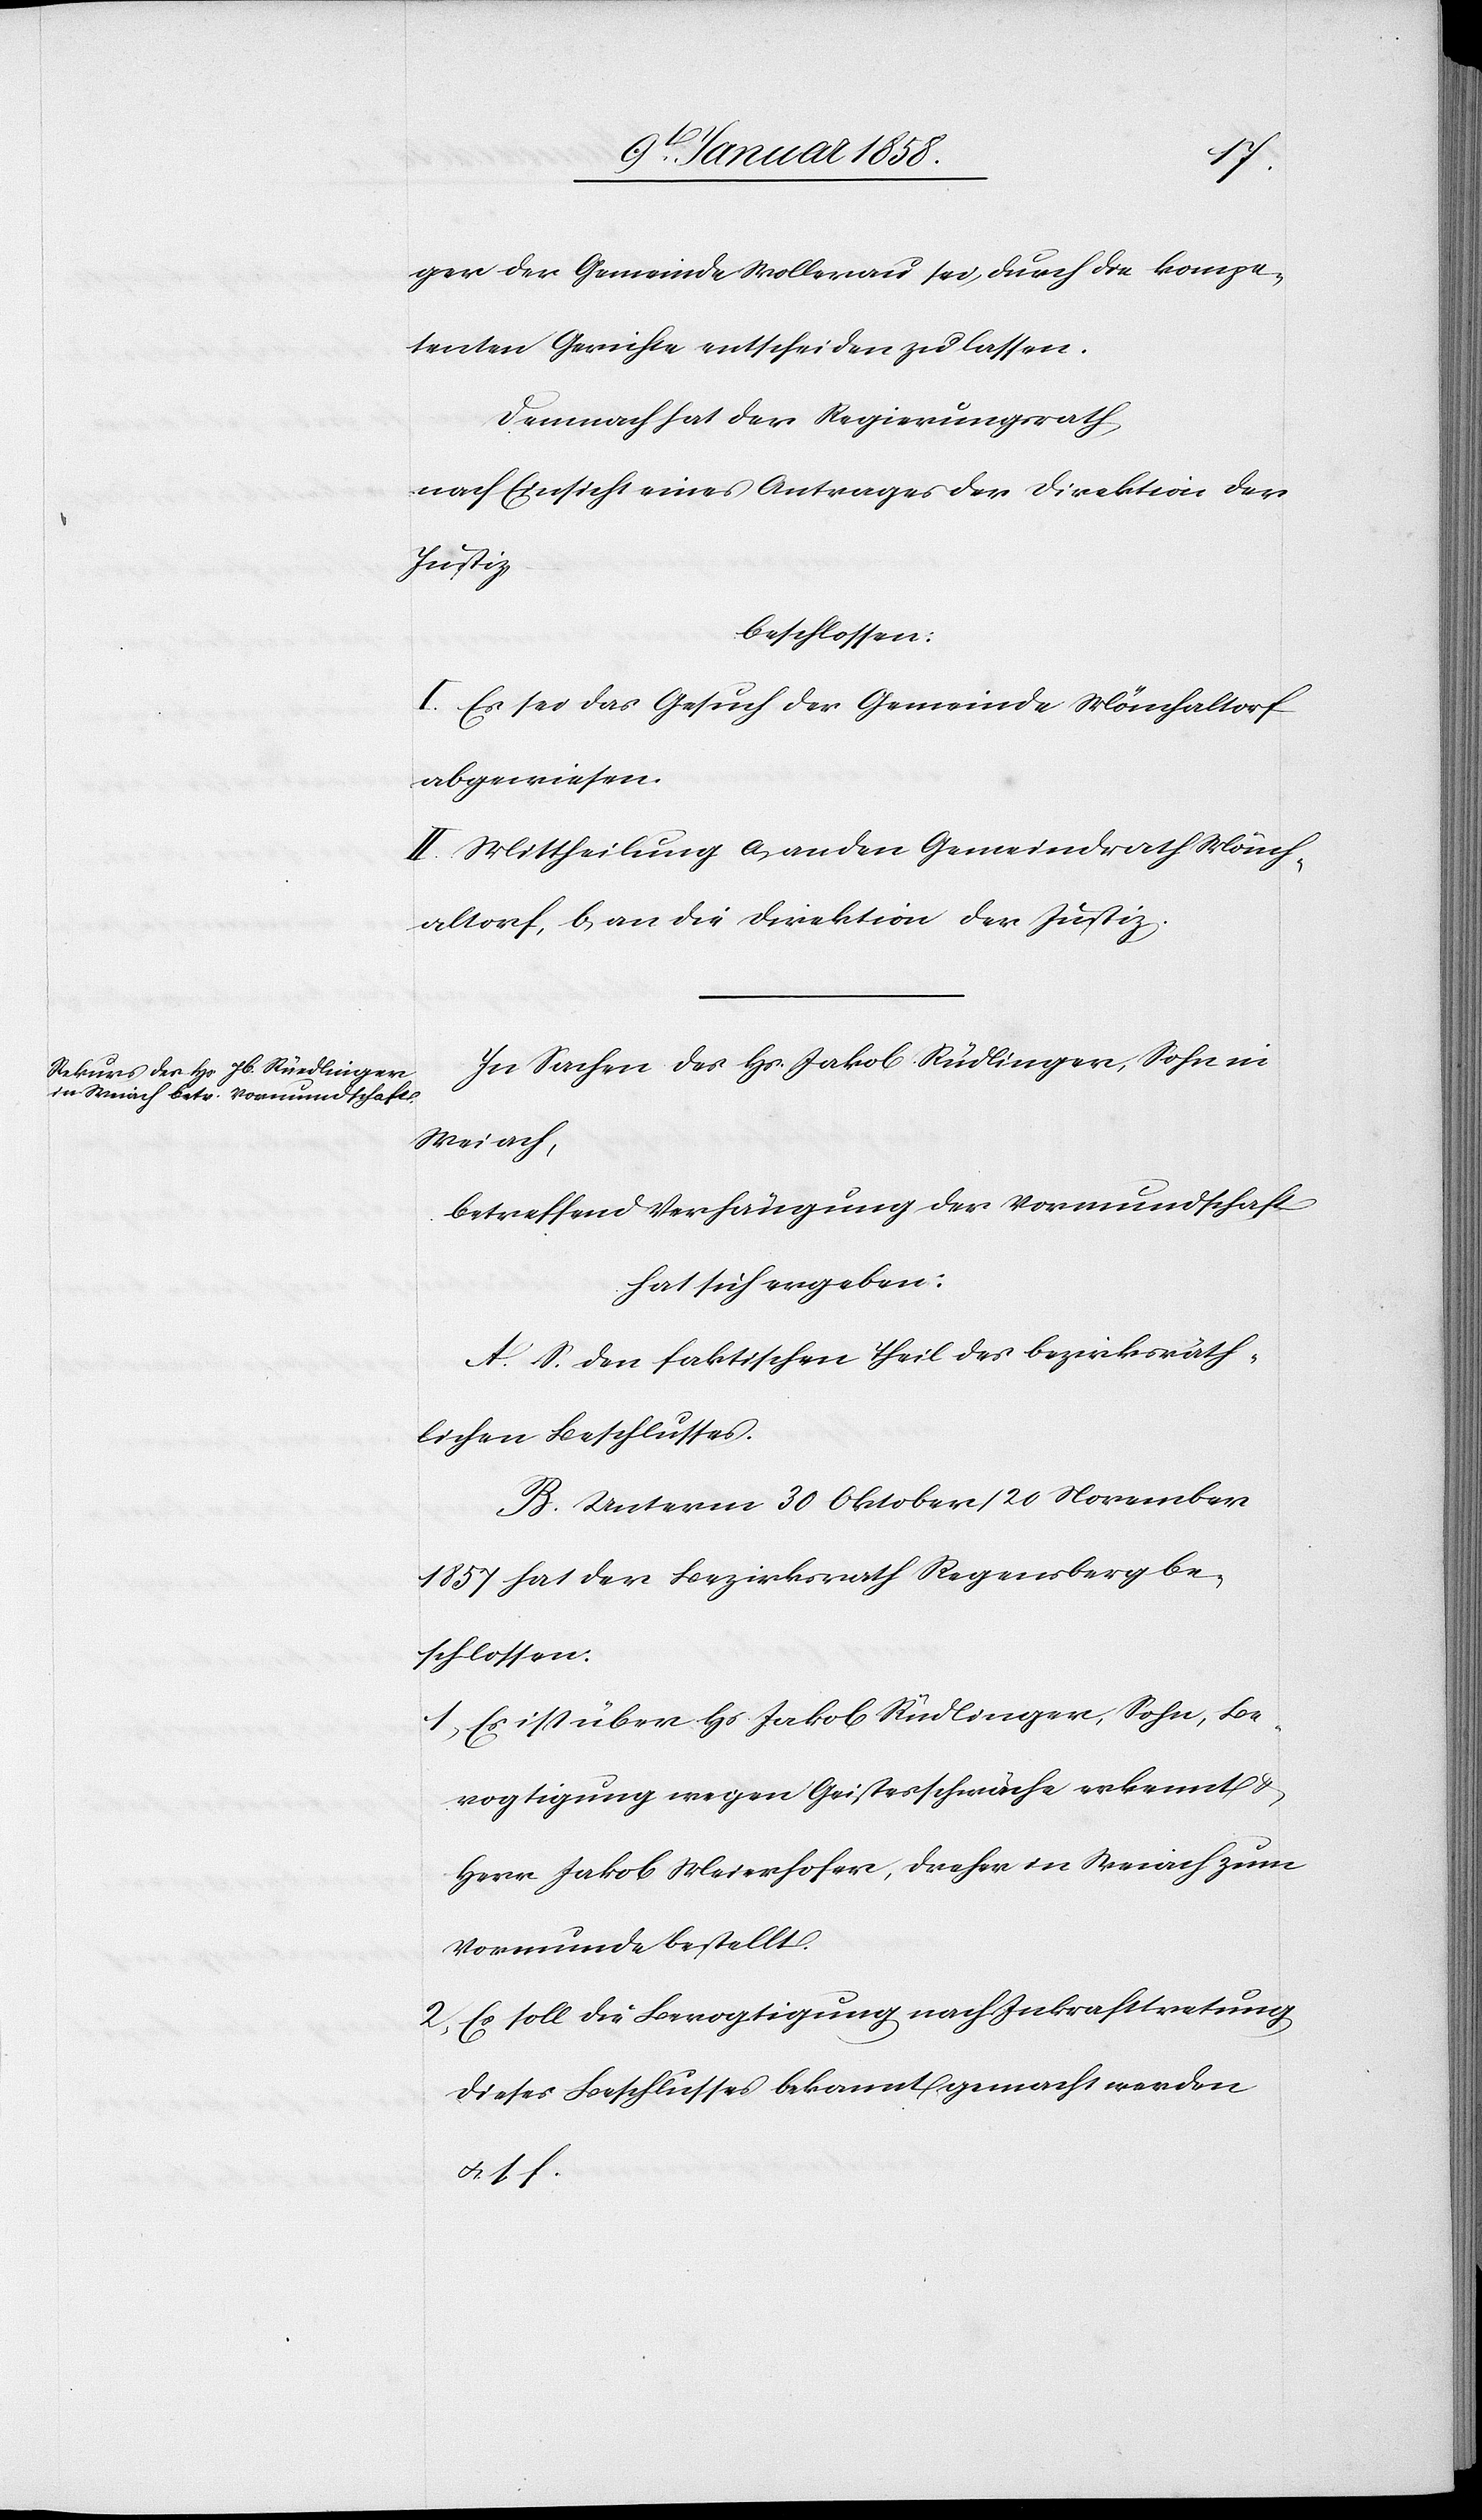
ger der Gemeinde Wollerau sei, durch die kompe¬
tenten Gerichte entscheiden zu lassen.
Demnach hat der Regierungsrath
nach Einsicht eines Antrages der Direktion der
Justiz
beschlossen:
I. Es sei das Gesuch der Gemeinde Mönchaltorf
abgewiesen.
II Mittheilung a, an den Gemeindrath Mönch¬
altorf, b, an die Direktion der Justiz.
In Sachen des Hs. Jakob Rüdlinger [sic!], Sohn in
Weiach,
betreffend Verhängung der Vormundschaft
hat sich ergeben:
A. S. den faktischen Theil des bezirksräth¬
lichen Beschlusses.
B. Unterm 30 Oktober / 20 November
1857 hat der Bezirksrath Regensberg be¬
schlossen:
1. Es ist über Hs. Jakob Rüdlinger [sic!], Sohn, Be¬
vogtigung wegen Geistesschwäche erkennt u.
Herr Jakob Meierhofer, Dreher in Weiach zum
Vormunde bestellt.
2. Es soll die Bevogtigung nach Inkrafttretung
dieses Beschlusses bekannt gemacht werden
u.. s. f.